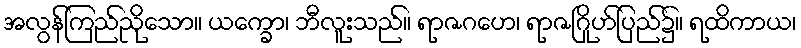
အလွန်ကြည်ညိုသော။ ယက္ခော၊ ဘီလူးသည်။ ရာဇဂဟေ၊ ရာဇဂြိုဟ်ပြည်၌။ ရထိကာယ၊